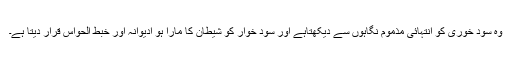
وہ سود خورى کو انتہائى مذموم نگاہوں سے ديکھتاہے اور سود خوار کو شيطان کا مارا ہو اديوانہ اور خبط الحواس قرار ديتا ہے۔